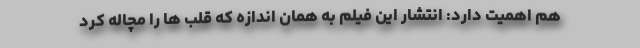
هم اهمیت دارد: انتشار این فیلم به همان اندازه که قلب ها را مچاله کرد